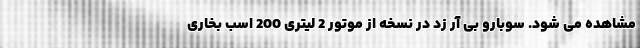
مشاهده می شود. سوبارو بی آر زد در نسخه از موتور 2 لیتری 200 اسب بخاری